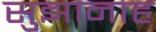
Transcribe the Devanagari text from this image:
सुझानाह